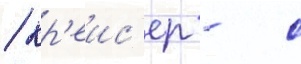
/ кр'еис'ер - с